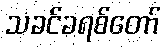
သခင်ခရစ်တော်